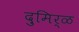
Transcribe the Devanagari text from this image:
दुमिर्ळ